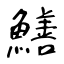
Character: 鱔